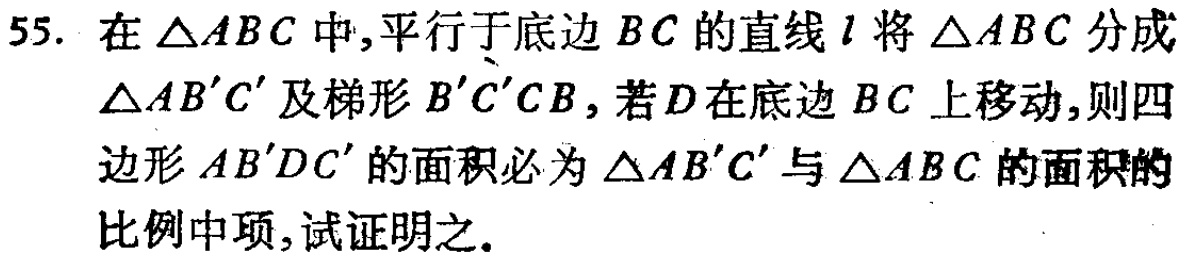
55. 在\(\triangle ABC\)中，平行于底边\(BC\)的直线\(l\)将\(\triangle ABC\)分成\(\triangle AB'C'\)及梯形\(B'C'CB\)，若\(D\)在底边\(BC\)上移动，则四边形\(AB'DC'\)的面积必为\(\triangle AB'C'\)与\(\triangle ABC\)的面积的比例中项，试证明之。